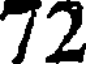
72